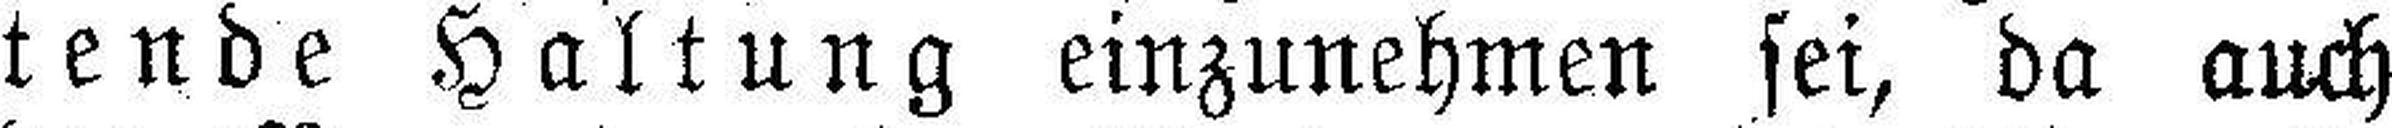
tende Haltung einzunehmen sei, da auch